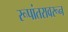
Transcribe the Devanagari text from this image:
रूपांतरावरून